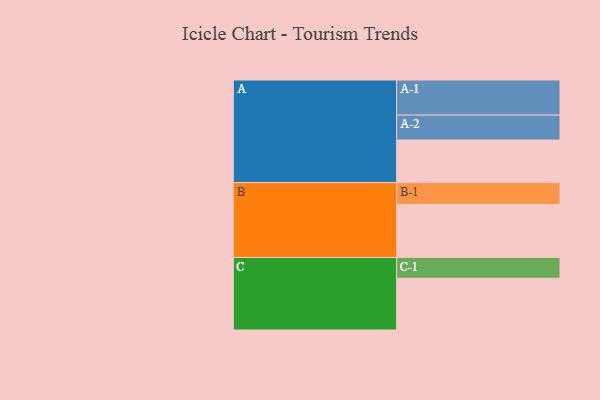
{"axis": {"x": "Segment", "y": "Value"}, "legend": ["", "A", "B", "C"], "data": [{"x": "A", "y": 345, "type": ""}, {"x": "B", "y": 430, "type": ""}, {"x": "C", "y": 420, "type": ""}, {"x": "A-1", "y": 285, "type": "A"}, {"x": "A-2", "y": 203, "type": "A"}, {"x": "B-1", "y": 178, "type": "B"}, {"x": "C-1", "y": 169, "type": "C"}]}